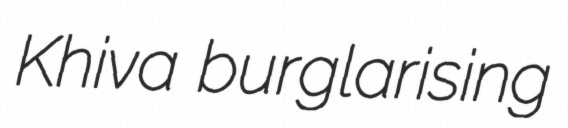
Khiva burglarising